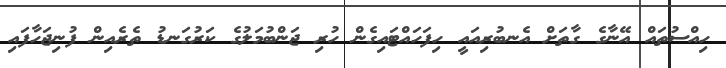
ހިއްސުތައް އޭނާގެ ގާތަށް އެނބުރިއައީ ހިފަހައްޓައިގެން ހުރި ޖަންބުމަލުގެ ކަރުގަނޑު ތެރެއިން ފުނިޖަހާފައި